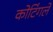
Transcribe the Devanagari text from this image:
कोटिंगले